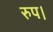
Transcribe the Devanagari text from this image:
रुप।